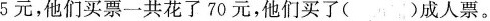
5元，他们买票一共花了70元，他们买了()成人票。